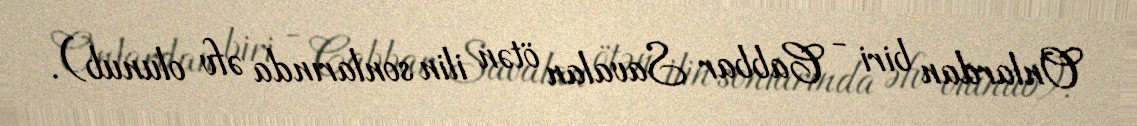
Onlardan biri - Cabbar Savalan ötən ilin sonlarında əfv olunub).